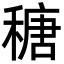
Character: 䅯